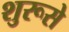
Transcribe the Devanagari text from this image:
शुरूसे